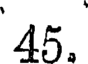
45.